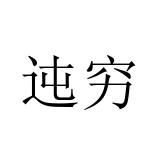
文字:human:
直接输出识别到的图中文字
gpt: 迍穷